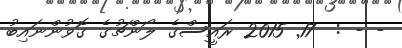
- - :  17